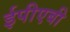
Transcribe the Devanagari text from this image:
ईपीएबी